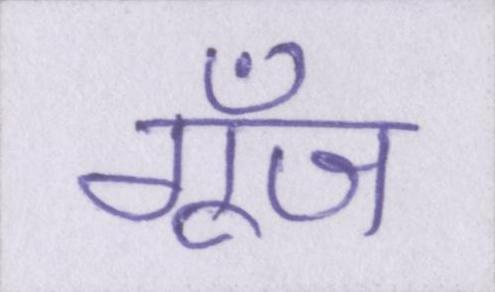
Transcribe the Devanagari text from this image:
गूँज